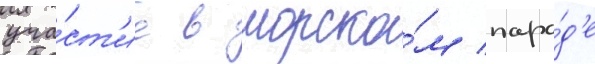
уча́ст'ие в морско́м пара́д'е